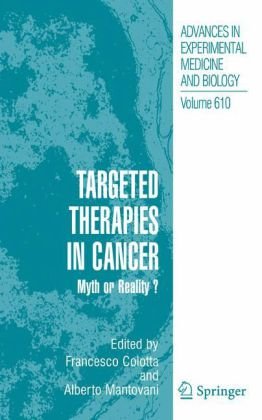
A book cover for Targeted Therapies in Cancer:: Myth or Reality? (Advances in Experimental Medicine and Biology); Medical Books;